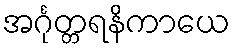
အင်္ဂုတ္တရနိကာယေ